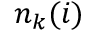
n _ { k } ( i )